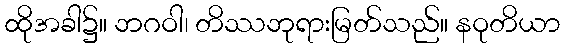
ထိုအခါ၌။ ဘဂဝါ၊ တိဿဘုရားမြတ်သည်။ နဝုတိယာ